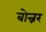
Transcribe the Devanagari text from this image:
बोन्नर